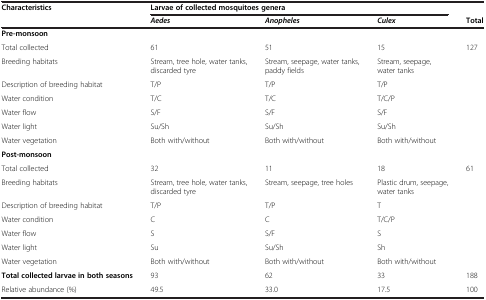
<table><thead><tr><td><b>Characteristics</b></td><td colspan="3"><b>Larvae of collected mosquitoes genera</b></td><td></td></tr><tr><td></td><td><b><i>Aedes</i></b></td><td><b><i>Anopheles</i></b></td><td><b><i>Culex</i></b></td><td><b>Total</b></td></tr></thead><tbody><tr><td><b>Pre-monsoon</b></td><td></td><td></td><td></td><td></td></tr><tr><td>Total collected</td><td>61</td><td>51</td><td>15</td><td>127</td></tr><tr><td>Breeding habitats</td><td>Stream, tree hole, water tanks, discarded tyre</td><td>Stream, seepage, water tanks, paddy fields</td><td>Stream, seepage, water tanks</td><td></td></tr><tr><td>Description of breeding habitat</td><td>T/P</td><td>T/P</td><td>T/P</td><td></td></tr><tr><td>Water condition</td><td>T/C</td><td>T/C</td><td>T/C/P</td><td></td></tr><tr><td>Water flow</td><td>S/F</td><td>S/F</td><td>S/F</td><td></td></tr><tr><td>Water light</td><td>Su/Sh</td><td>Su/Sh</td><td>Su/Sh</td><td></td></tr><tr><td>Water vegetation</td><td>Both with/without</td><td>Both with/without</td><td>Both with/without</td><td></td></tr><tr><td><b>Post-monsoon</b></td><td></td><td></td><td></td><td></td></tr><tr><td>Total collected</td><td>32</td><td>11</td><td>18</td><td>61</td></tr><tr><td>Breeding habitats</td><td>Stream, tree hole, water tanks, discarded tyre</td><td>Stream, seepage, tree holes</td><td>Plastic drum, seepage, water tanks</td><td></td></tr><tr><td>Description of breeding habitat</td><td>T/P</td><td>T/P</td><td>T</td><td></td></tr><tr><td>Water condition</td><td>C</td><td>C</td><td>T/C/P</td><td></td></tr><tr><td>Water flow</td><td>S</td><td>S/F</td><td>S</td><td></td></tr><tr><td>Water light</td><td>Su</td><td>Su/Sh</td><td>Sh</td><td></td></tr><tr><td>Water vegetation</td><td>Both with/without</td><td>Both with/without</td><td>Both with/without</td><td></td></tr><tr><td><b>Total collected larvae in both seasons</b></td><td>93</td><td>62</td><td>33</td><td>188</td></tr><tr><td>Relative abundance (%)</td><td>49.5</td><td>33.0</td><td>17.5</td><td>100</td></tr></tbody></table>